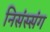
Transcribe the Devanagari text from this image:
निसंस्संग